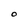
Character: O